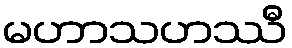
မဟာသဟဿီ